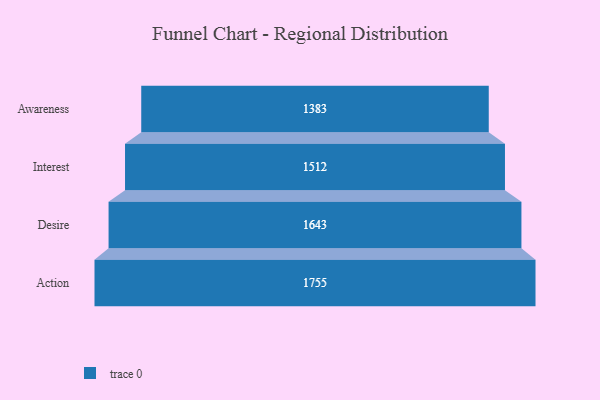
{"axis": {"x": "Stage", "y": "Value"}, "legend": [""], "data": [{"x": "Awareness", "y": 1383.0, "type": ""}, {"x": "Interest", "y": 1512.0, "type": ""}, {"x": "Desire", "y": 1643.0, "type": ""}, {"x": "Action", "y": 1755.0, "type": ""}]}